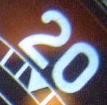
20